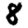
Digit: 8